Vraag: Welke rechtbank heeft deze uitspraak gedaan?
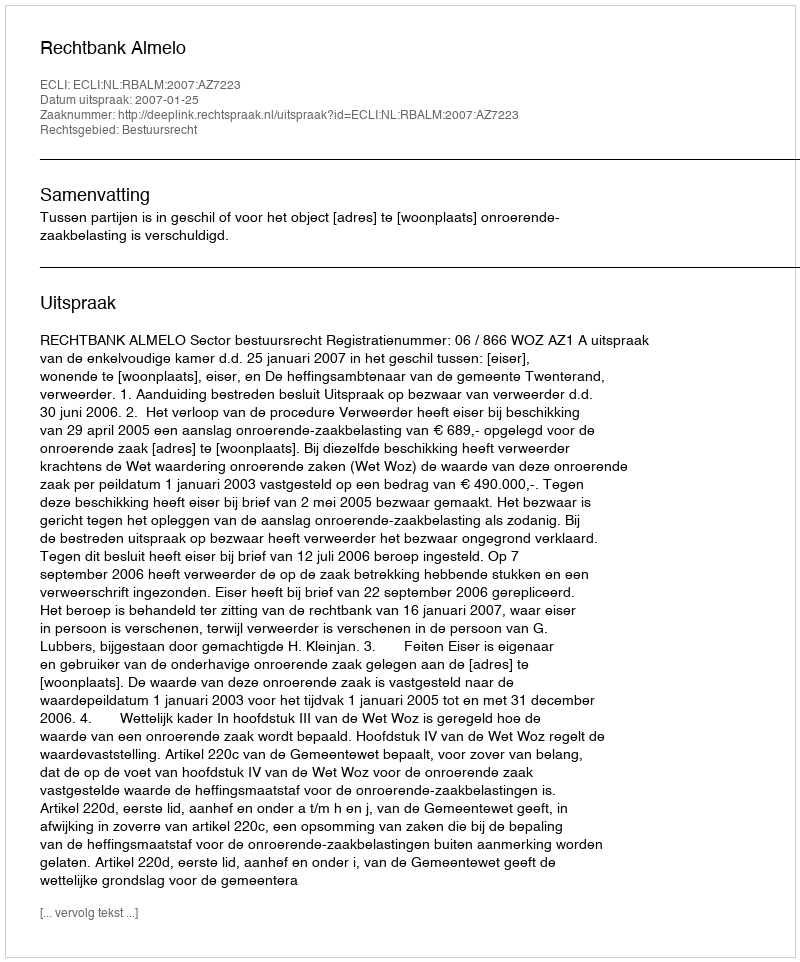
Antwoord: Rechtbank Almelo